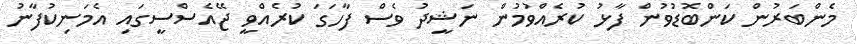
މެންބަރުން ކަންބޮޑުވުން ފާޅު ކުރެއްވުމުން ނަޝީދު ވެސް ފާހަގަ ކުރެއްވީ ޖޭއެސްސީގައި އެމަނިކުފާނު